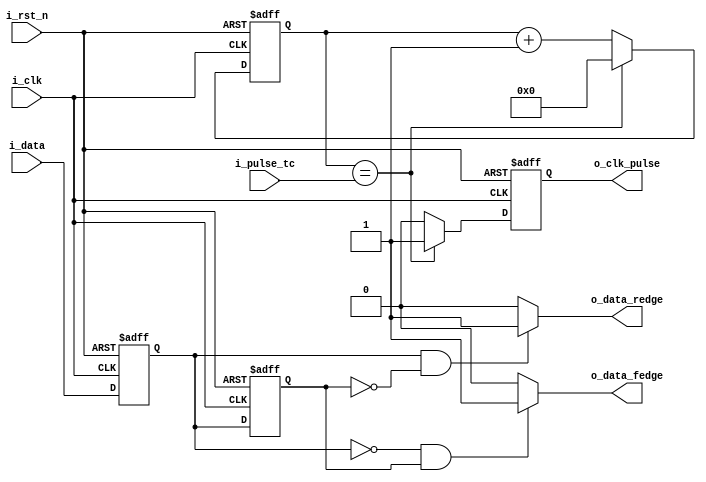
module clk_pulse_gen (
    input wire i_clk,           //! input clock
    input wire i_rst_n,         //! active-low asynchronous reset
    input wire [PULSE_CNTR_WIDTH-1:0] i_pulse_tc,   //! clk pulse terminal count
    input wire i_data,          //! data for edge detection
    output reg o_clk_pulse,     //! clock pulse output, one clock-cycle wide
    output reg o_data_redge,    //! rising-edge detection pulse of data
    output reg o_data_fedge     //! falling-edge detection pulse of data
);
    //! Calculate the size of the counter
    parameter PULSE_CNTR_WIDTH = 10;

    //! clock pulse counter
    reg [PULSE_CNTR_WIDTH-1:0] pulse_cntr;
    //! clocked in data
    reg data_q, data_qq;

    //! generate the clock pulse every 2^PULSE_CYCLE_COUNT clocks
    always@(posedge i_clk or negedge i_rst_n) begin : clk_pulse_gen
        if (!i_rst_n) begin
            pulse_cntr <= 0;
            o_clk_pulse <= 1'b0;
        end else begin
            o_clk_pulse <= 1'b0;
            if (pulse_cntr == i_pulse_tc) begin
                pulse_cntr <= 0;
                o_clk_pulse <= 1'b1;
            end else begin
                // increment clock pulses
                pulse_cntr <= pulse_cntr + 1'b1;
            end
        end
    end

    //! Clocked edge detection
    always@(posedge i_clk or negedge i_rst_n) begin : clk_data
        if (!i_rst_n) begin
            data_q <= 1'b0;
            data_qq <= 1'b0;
        end else begin
            data_q <= i_data;
            data_qq <= data_q;
        end
    end

    //! Combinatorial edge-detection outputs
    always@(*) begin : edge_detect_gate
        // Rising edge detect
        o_data_redge = (data_q == 1'b1 && data_qq == 1'b0) ? 1'b1 : 1'b0;
        // Falling edge detect
        o_data_fedge = (data_q == 1'b0 && data_qq == 1'b1) ? 1'b1 : 1'b0;
    end

endmodule